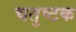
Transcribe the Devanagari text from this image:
चतुष्टक